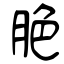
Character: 脃